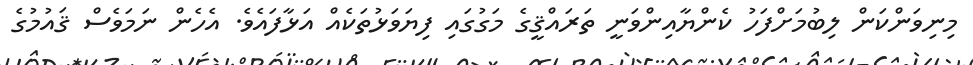
މިނިވަންކަން ލިބުމަށްފަހު ކެންޔާއިންވަނީ ތަރައްޤީގެ މަގުގައި ފިޔަވަޅުތަކެއް އަޅާފައެވެ. އެހެން ނަމަވެސް ޤައުމުގެ